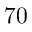
7 0